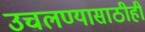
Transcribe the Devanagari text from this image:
उचलण्यासाठीही